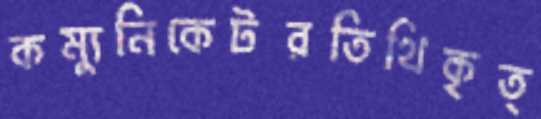
কম্যুনিকেটরতিথিকৃত্